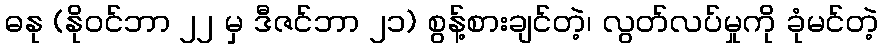
ဓနု (နိုဝင်ဘာ ၂၂ မှ ဒီဇင်ဘာ ၂၁) စွန့်စားချင်တဲ့၊ လွတ်လပ်မှုကို ခုံမင်တဲ့